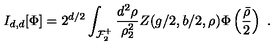
I _ { d , d } [ \Phi ] = 2 ^ { d / 2 } \int _ { { \cal F } _ { 2 } ^ { + } } \frac { d ^ { 2 } \rho } { \rho _ { 2 } ^ { 2 } } Z ( g / 2 , b / 2 , \rho ) \Phi \left( \frac { \bar { \rho } } { 2 } \right) \ .